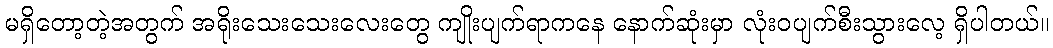
မရှိတော့တဲ့အတွက် အရိုးသေးသေးလေးတွေ ကျိုးပျက်ရာကနေ နောက်ဆုံးမှာ လုံးဝပျက်စီးသွားလေ့ ရှိပါတယ်။